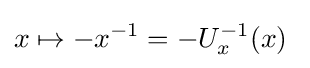
x\mapsto -x^{-1}=-U_{x}^{-1}(x)\